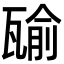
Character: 𤭷